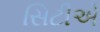
સિટીએ